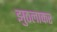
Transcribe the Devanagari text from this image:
झुठलाकर